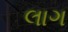
લાગ